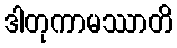
ဒါတုကာမဿာတိ